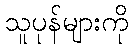
သူပုန်များကို